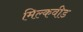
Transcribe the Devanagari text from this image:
मिल्कवीड